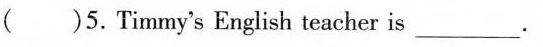
()5.Timmy'sEnglish teacher is___.